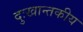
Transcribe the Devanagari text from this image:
दुःखान्तकीय